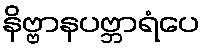
နိဗ္ဗာနပဗ္ဘာရံပေ